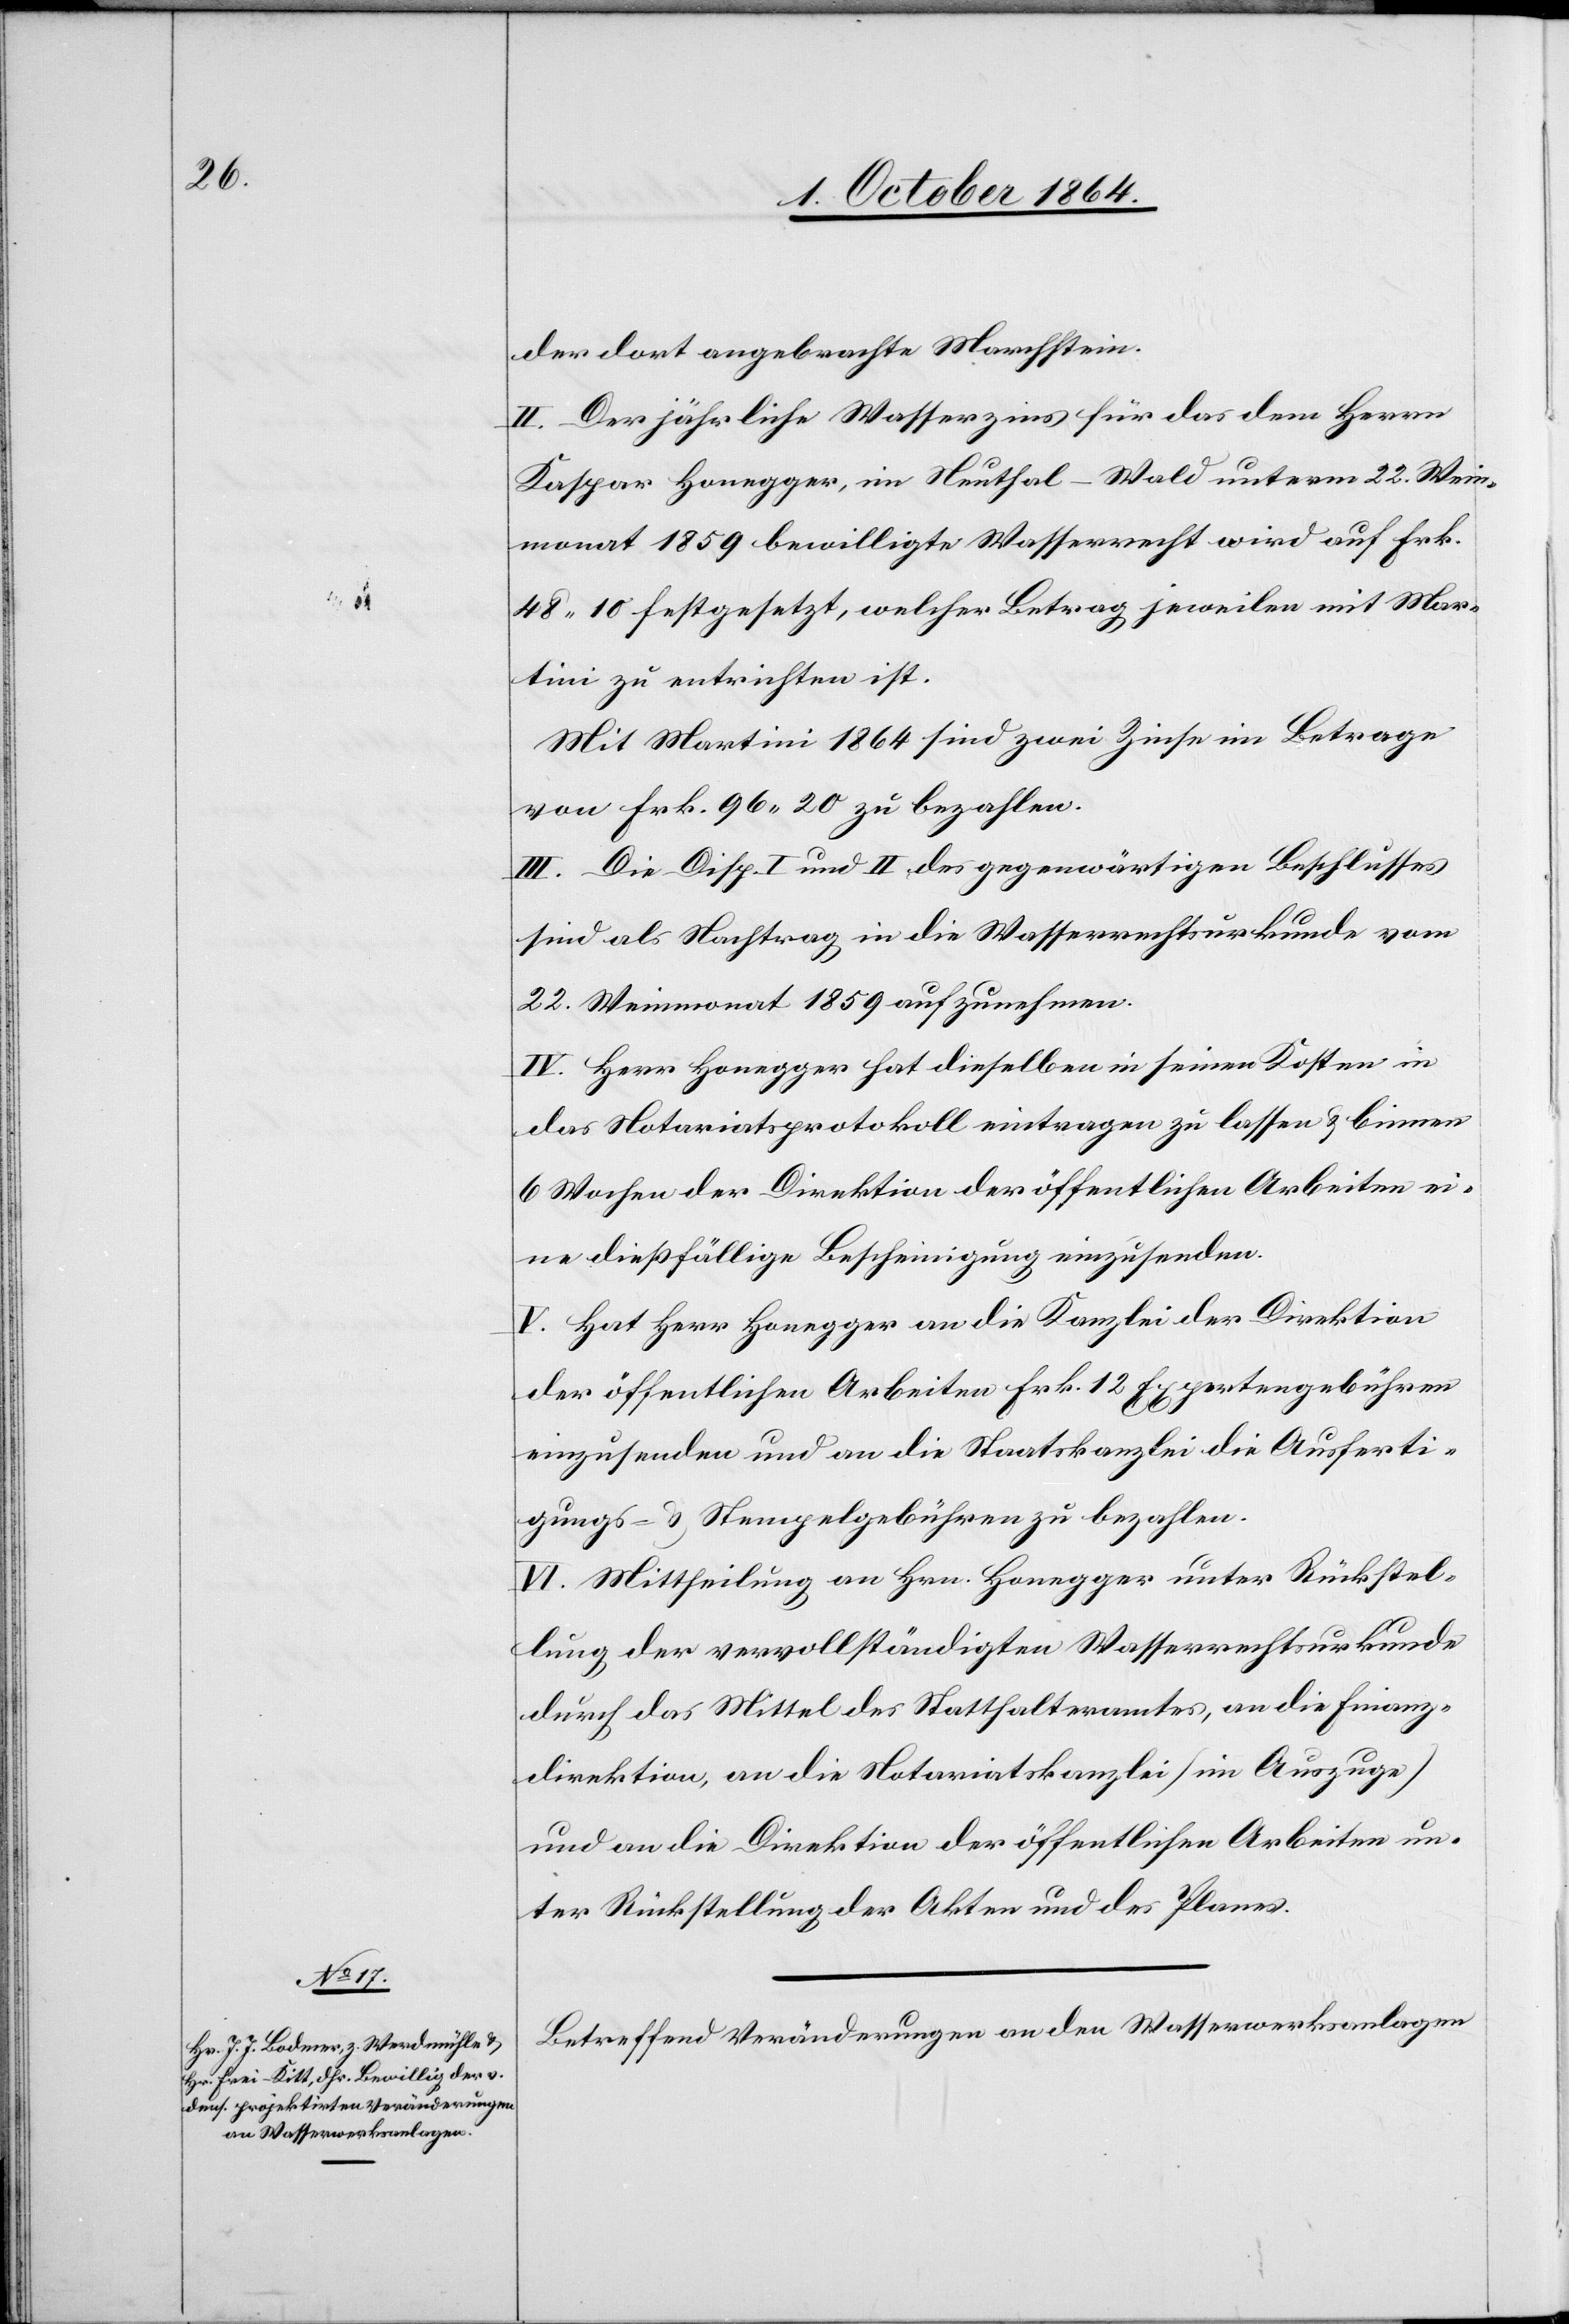
der dort angebrachte Marchstein.
II. Der jährliche Wasserzins für das dem Herrn
Kaspar Honegger, im Neuthal-Wald unterm 22. Wein¬
monat 1859 bewilligte Wasserrecht wird auf Frk.
48.10 festgesetzt, welcher Betrag jeweilen mit Mar¬
tini zu entrichten ist.
Mit Martini 1864 sind zwei Zinse im Betrage
von Frk. 96.20 zu bezahlen.
III. Die Disp. I und II des gegenwärtigen Beschlusses
sind als Nachtrag in die Wasserrechtsurkunde vom
22. Weinmonat 1859 aufzunehmen.
IV. Herr Honegger hat dieselben in seinen Kosten in
das Notariatsprotokoll eintragen zu lassen & binnen
6 Wochen der Direktion der öffentlichen Arbeiten ei¬
ne dießfällige Bescheinigung einzusenden.
V. Hat Herr Honegger an die Kanzlei der Direktion
der öffentlichen Arbeiten Frk. 12 Expertengebühren
einzusenden und an die Staatskanzlei die Ausferti¬
gungs- & Stempelgebühren zu bezahlen.
VI. Mittheilung an Hrn. Honegger unter Rücksen¬
dung der vervollständigten Wasserrechtsurkunde
durch das Mittel des Statthalteramtes, an die Finanz¬
direktion, an die Staatskanzlei [im Auszuge]
und an die Direktion der öffentlichen Arbeiten un¬
ter Rückstellung der Akten und des Planes.
Betreffend Veränderungen an den Wasserwerksanlagen